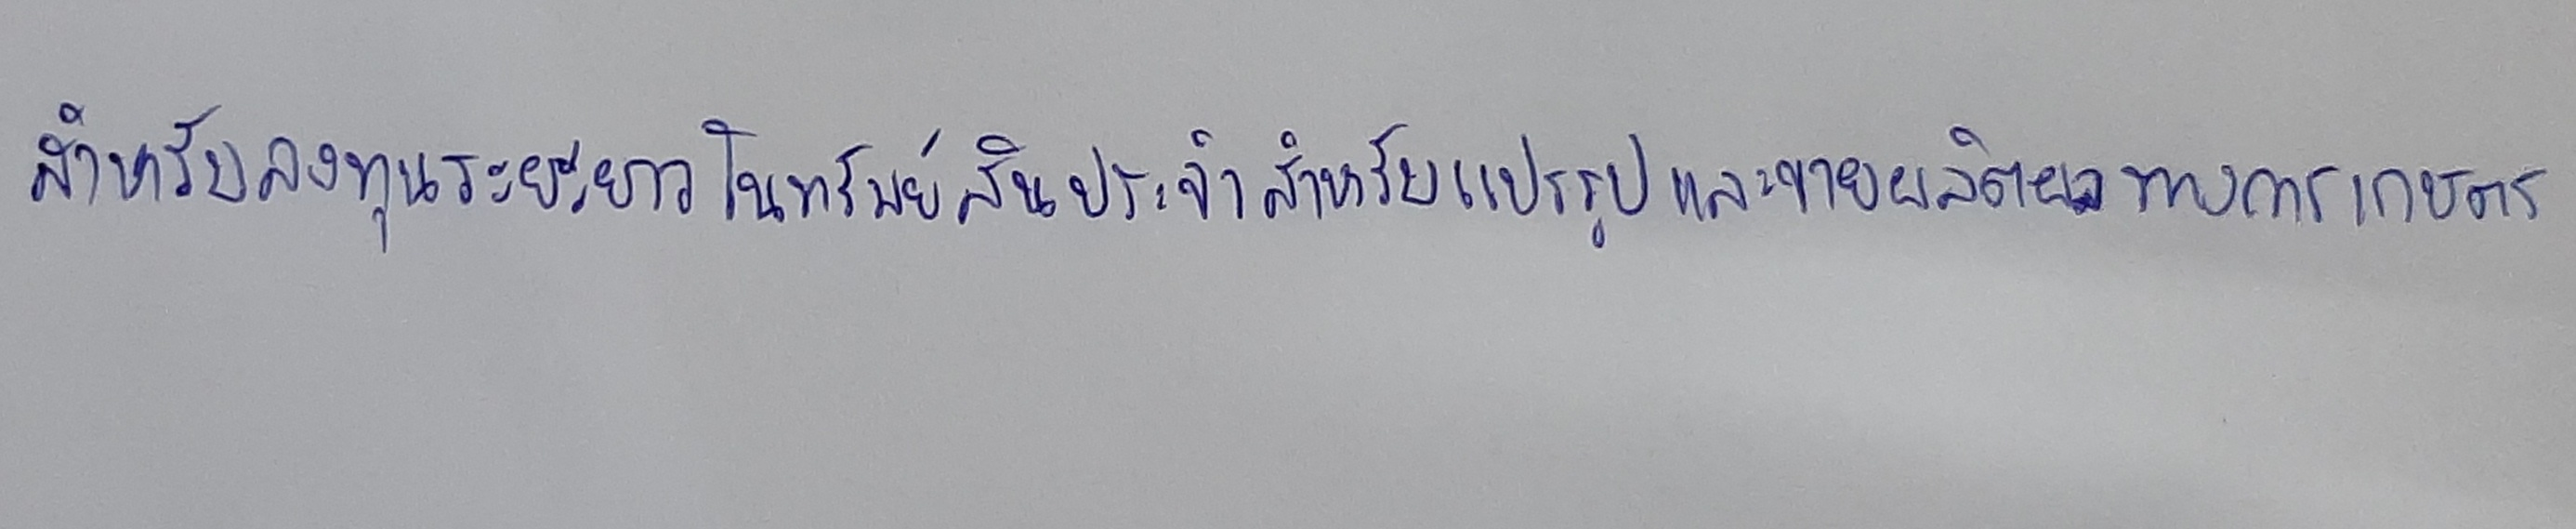
สำหรับลงทุนระยะยาวในทรัพย์สินประจำสำหรับแปรรูปและขายผลิตผลทางการเกษตร